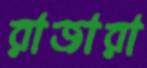
রাজারা